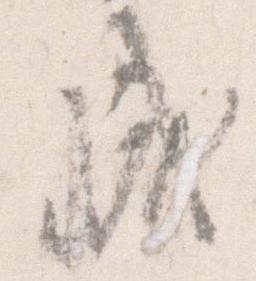
成